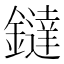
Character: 鐽